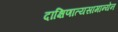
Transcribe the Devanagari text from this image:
दाक्षिणात्यसामान्येन